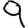
Digit: 9